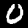
Digit: 0